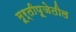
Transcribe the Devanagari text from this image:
मूर्तीपूजेतील